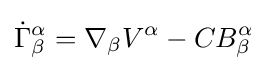
{\dot {\Gamma }}_{\beta }^{\alpha }=\nabla _{\beta }V^{\alpha }-CB_{\beta }^{\alpha }